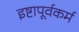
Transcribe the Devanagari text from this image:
इष्टापूर्वकर्म